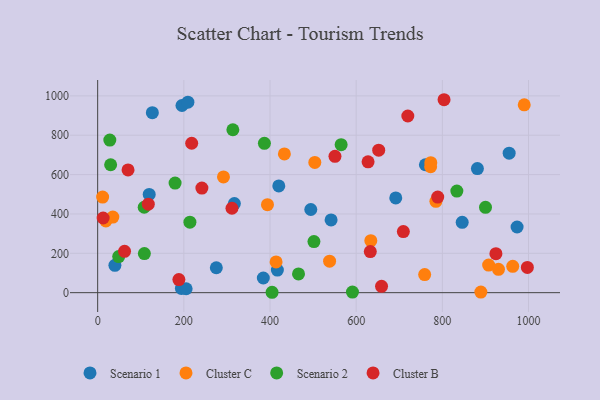
{"axis": {"x": "Ad Spend", "y": "Demand"}, "legend": ["Cluster B", "Cluster C", "Scenario 1", "Scenario 2"], "data": [{"x": "846.1", "y": 357.6, "type": "Scenario 1"}, {"x": "119.6", "y": 499.3, "type": "Scenario 1"}, {"x": "541.8", "y": 369.8, "type": "Scenario 1"}, {"x": "384.5", "y": 74.6, "type": "Scenario 1"}, {"x": "275.4", "y": 126.5, "type": "Scenario 1"}, {"x": "691.9", "y": 481.3, "type": "Scenario 1"}, {"x": "194.3", "y": 21.6, "type": "Scenario 1"}, {"x": "955.1", "y": 708.6, "type": "Scenario 1"}, {"x": "40.0", "y": 138.9, "type": "Scenario 1"}, {"x": "973.5", "y": 333.7, "type": "Scenario 1"}, {"x": "126.9", "y": 914.8, "type": "Scenario 1"}, {"x": "195.7", "y": 951.1, "type": "Scenario 1"}, {"x": "317.3", "y": 452.7, "type": "Scenario 1"}, {"x": "760.7", "y": 649.9, "type": "Scenario 1"}, {"x": "420.4", "y": 542.6, "type": "Scenario 1"}, {"x": "494.7", "y": 422.6, "type": "Scenario 1"}, {"x": "417.1", "y": 115.0, "type": "Scenario 1"}, {"x": "881.4", "y": 630.7, "type": "Scenario 1"}, {"x": "205.3", "y": 20.0, "type": "Scenario 1"}, {"x": "209.4", "y": 967.8, "type": "Scenario 1"}, {"x": "19.0", "y": 364.7, "type": "Cluster C"}, {"x": "504.0", "y": 661.7, "type": "Cluster C"}, {"x": "772.8", "y": 639.8, "type": "Cluster C"}, {"x": "11.5", "y": 485.9, "type": "Cluster C"}, {"x": "773.2", "y": 660.4, "type": "Cluster C"}, {"x": "759.0", "y": 91.8, "type": "Cluster C"}, {"x": "907.5", "y": 140.0, "type": "Cluster C"}, {"x": "889.4", "y": 3.2, "type": "Cluster C"}, {"x": "930.3", "y": 118.4, "type": "Cluster C"}, {"x": "634.0", "y": 264.1, "type": "Cluster C"}, {"x": "292.0", "y": 588.1, "type": "Cluster C"}, {"x": "394.1", "y": 447.1, "type": "Cluster C"}, {"x": "35.2", "y": 383.9, "type": "Cluster C"}, {"x": "963.4", "y": 133.8, "type": "Cluster C"}, {"x": "785.1", "y": 464.3, "type": "Cluster C"}, {"x": "538.3", "y": 160.0, "type": "Cluster C"}, {"x": "433.4", "y": 705.2, "type": "Cluster C"}, {"x": "990.1", "y": 954.7, "type": "Cluster C"}, {"x": "414.1", "y": 156.0, "type": "Cluster C"}, {"x": "30.1", "y": 650.1, "type": "Scenario 2"}, {"x": "900.2", "y": 433.7, "type": "Scenario 2"}, {"x": "48.8", "y": 183.3, "type": "Scenario 2"}, {"x": "565.1", "y": 751.9, "type": "Scenario 2"}, {"x": "833.7", "y": 516.0, "type": "Scenario 2"}, {"x": "313.8", "y": 827.9, "type": "Scenario 2"}, {"x": "591.4", "y": 3.2, "type": "Scenario 2"}, {"x": "179.7", "y": 556.7, "type": "Scenario 2"}, {"x": "108.0", "y": 434.1, "type": "Scenario 2"}, {"x": "404.8", "y": 2.0, "type": "Scenario 2"}, {"x": "28.2", "y": 775.4, "type": "Scenario 2"}, {"x": "466.2", "y": 95.3, "type": "Scenario 2"}, {"x": "502.0", "y": 259.8, "type": "Scenario 2"}, {"x": "387.0", "y": 759.1, "type": "Scenario 2"}, {"x": "108.4", "y": 198.7, "type": "Scenario 2"}, {"x": "214.1", "y": 358.3, "type": "Scenario 2"}, {"x": "627.6", "y": 665.1, "type": "Cluster B"}, {"x": "804.0", "y": 980.4, "type": "Cluster B"}, {"x": "241.9", "y": 531.4, "type": "Cluster B"}, {"x": "188.5", "y": 66.4, "type": "Cluster B"}, {"x": "658.9", "y": 32.0, "type": "Cluster B"}, {"x": "789.3", "y": 485.8, "type": "Cluster B"}, {"x": "709.5", "y": 310.6, "type": "Cluster B"}, {"x": "218.2", "y": 759.2, "type": "Cluster B"}, {"x": "997.4", "y": 128.2, "type": "Cluster B"}, {"x": "70.5", "y": 623.6, "type": "Cluster B"}, {"x": "719.9", "y": 897.7, "type": "Cluster B"}, {"x": "550.8", "y": 692.7, "type": "Cluster B"}, {"x": "652.3", "y": 724.1, "type": "Cluster B"}, {"x": "62.4", "y": 210.2, "type": "Cluster B"}, {"x": "117.5", "y": 449.6, "type": "Cluster B"}, {"x": "632.8", "y": 208.7, "type": "Cluster B"}, {"x": "924.4", "y": 197.9, "type": "Cluster B"}, {"x": "12.7", "y": 379.3, "type": "Cluster B"}, {"x": "311.7", "y": 429.0, "type": "Cluster B"}]}